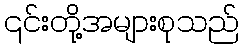
၎င်းတို့အများစုသည်